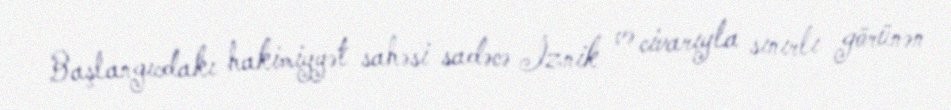
Başlangıcdakı hakimiyyət sahəsi sadəcə İznik və civarıyla sınırlı görünən